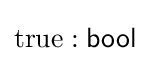
\mathrm {true} :{\mathsf {bool}}